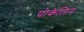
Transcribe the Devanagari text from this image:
पोकेलिन